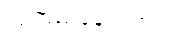
ယုံကြည်နေ ပါတယ်။